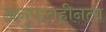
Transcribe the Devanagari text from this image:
अनुपातहीनता